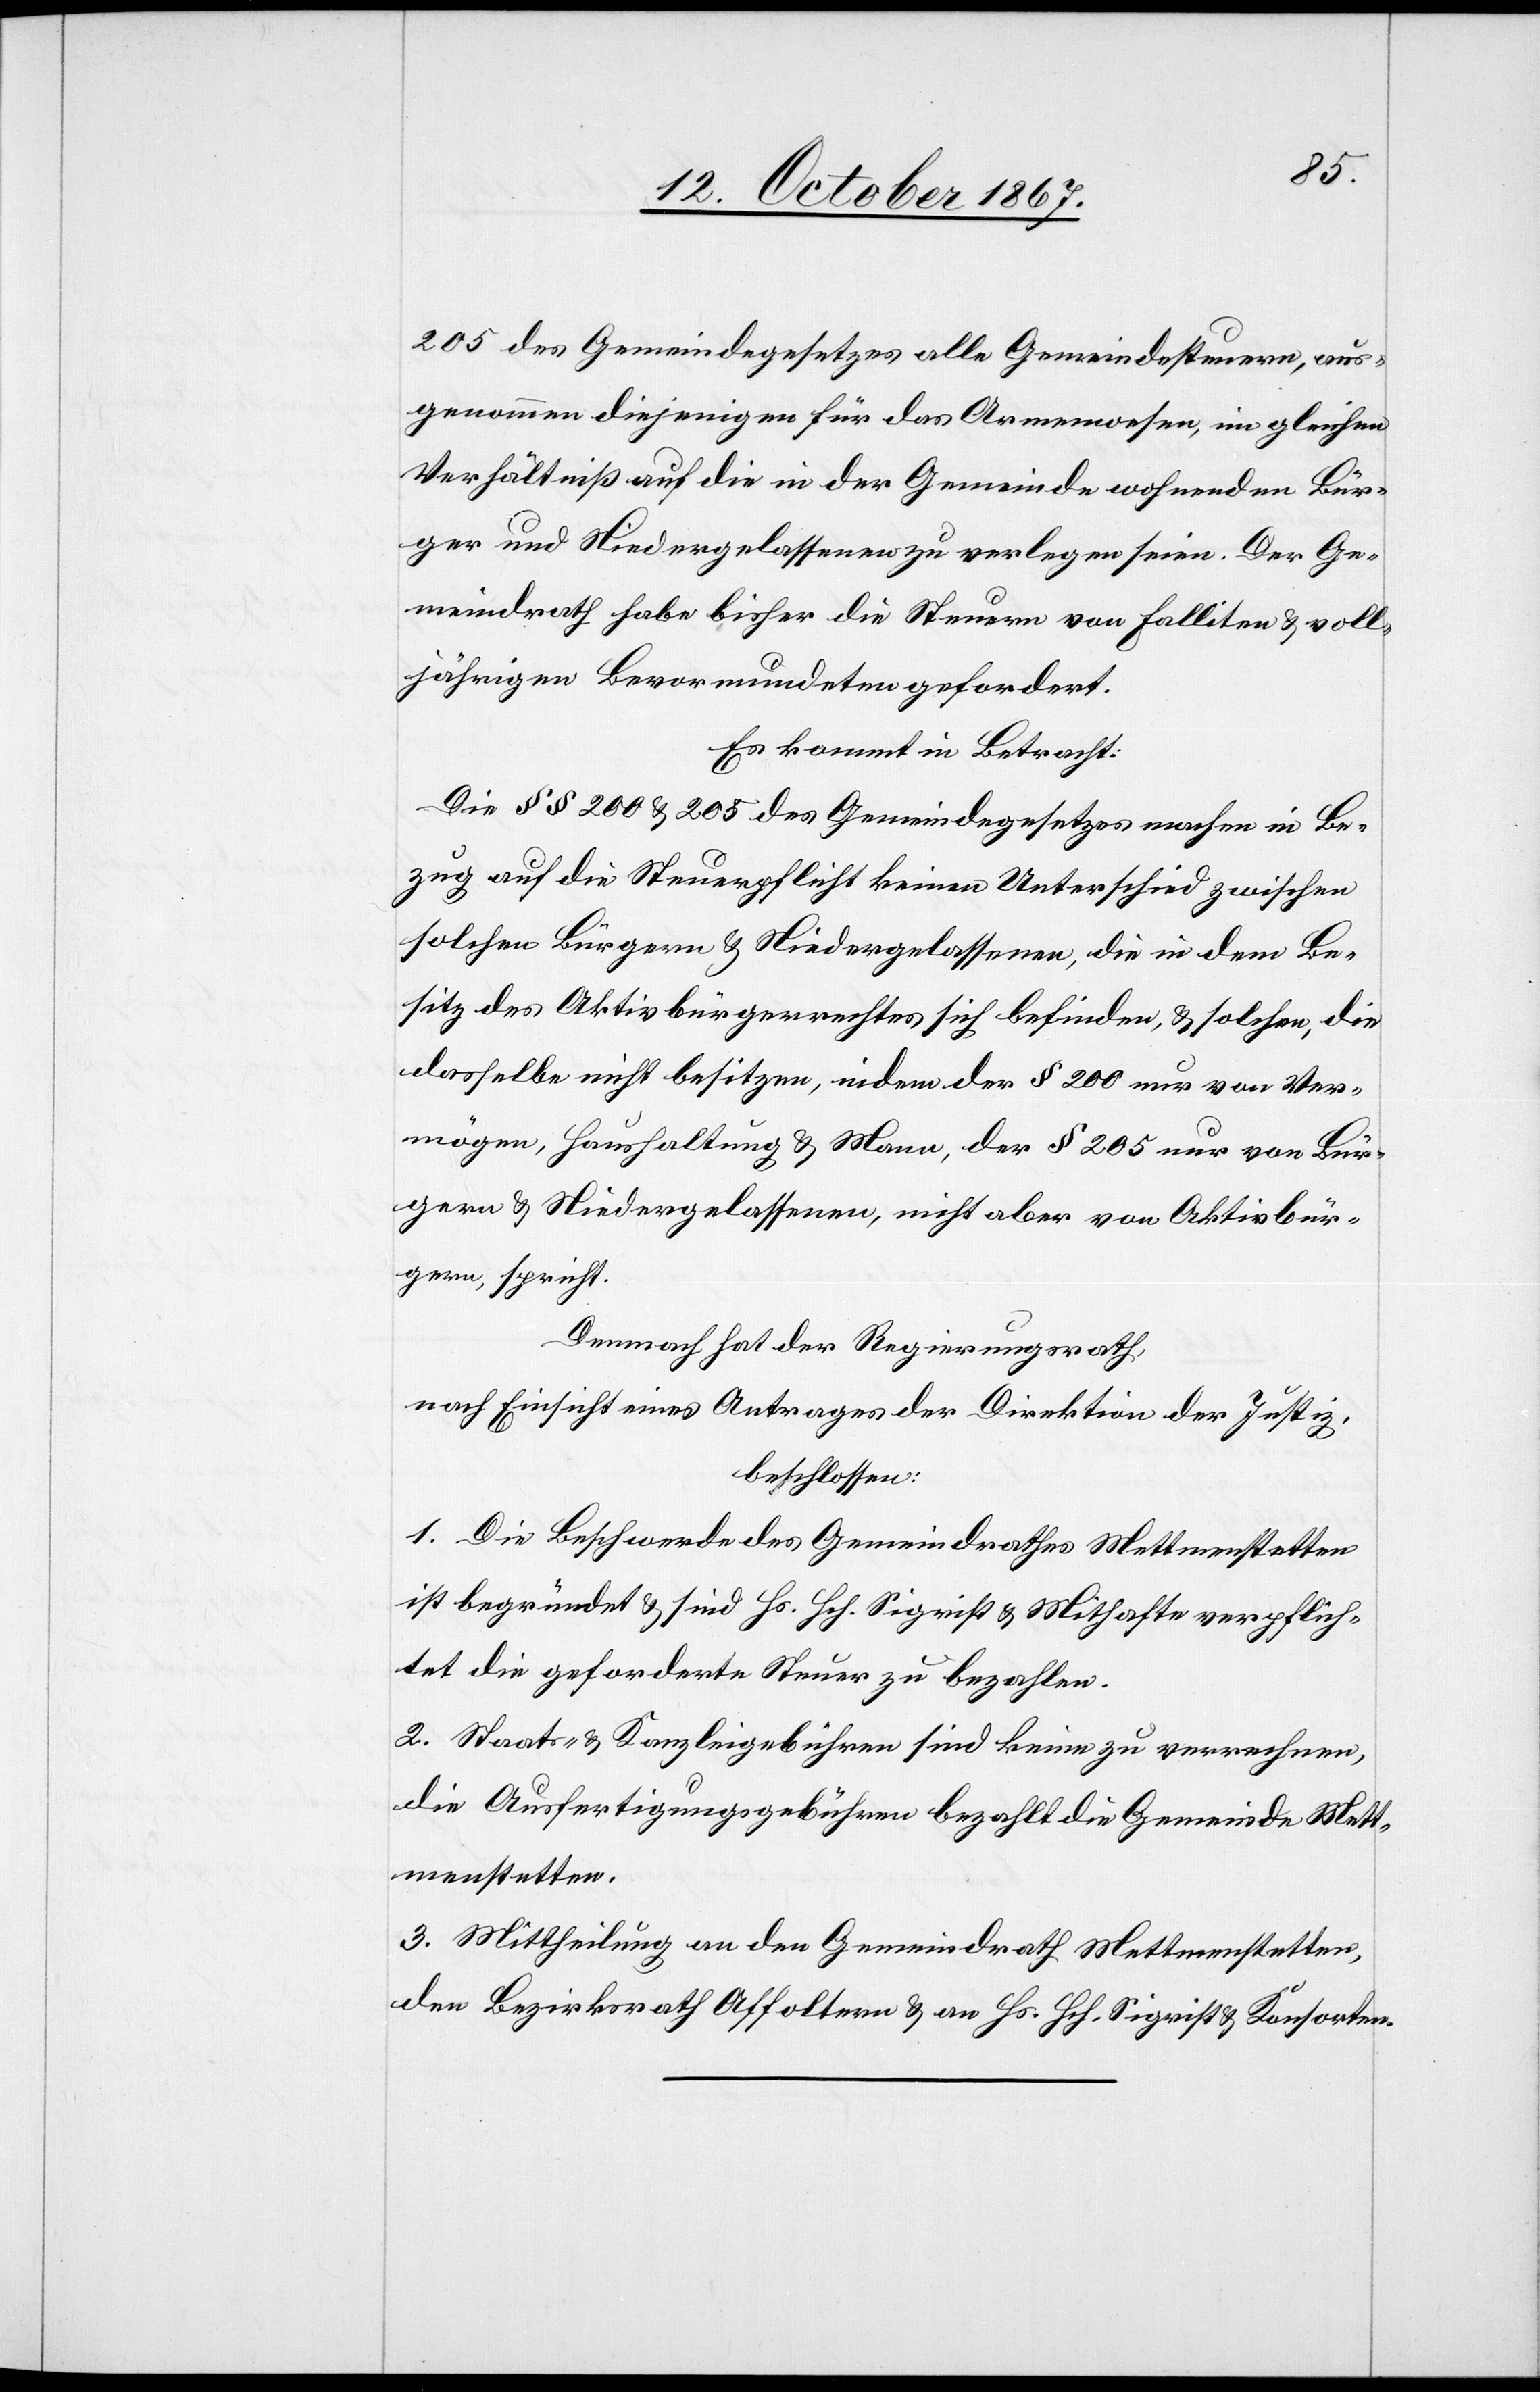
205 des Gemeindegesetzes alle Gemeindesteuern, aus¬
genommen diejenigen für das Armenwesen, im gleichen
Verhältniß auf die in der Gemeinde wohnenden Bür¬
ger und Niedergelassene zu verlegen seien. Der Ge¬
meindrath habe bisher die Steuern von Falliten u. voll¬
jährigen Bevormundeten gefordert.
Es kommt in Betracht:
Die §§ 200 u. 205 des Gemeindegesetzes machen in Be¬
zug auf die Steuerpflicht keinen Unterschied zwischen
solchen Bürgern u. Niedergelassenen, die in dem Be¬
sitz des Aktivbürgerrechtes sich befinden, u. solchen, die
dasselbe nicht besitzen, indem der § 200 nur von Ver¬
mögen, Haushaltung u. Mann, der § 205 nur von Bür¬
gern u. Niedergelassenen, nicht aber von Aktivbür¬
gern, spricht.
Demnach hat der Regierungsrath,
nach Einsicht eines Antrages der Direktion der Justiz,
beschlossen:
1. Die Beschwerde des Gemeindrathe Mettmenstetten
ist begründet u. sind Hs. Hch. Sigrist u. Mithafte verpflich¬
tet die geforderte Steuer zu bezahlen.
2. Staats- u. Kanzleigebühren sind keine zu verrechnen,
die Ausfertigungsgebühren bezahlt die Gemeinde Mett¬
menstetten.
3. Mittheilung an den Gemeindrath Mettmenstetten,
den Bezirksrath Affoltern u. an Hs. Hch. Sigrist u. Konsorten.